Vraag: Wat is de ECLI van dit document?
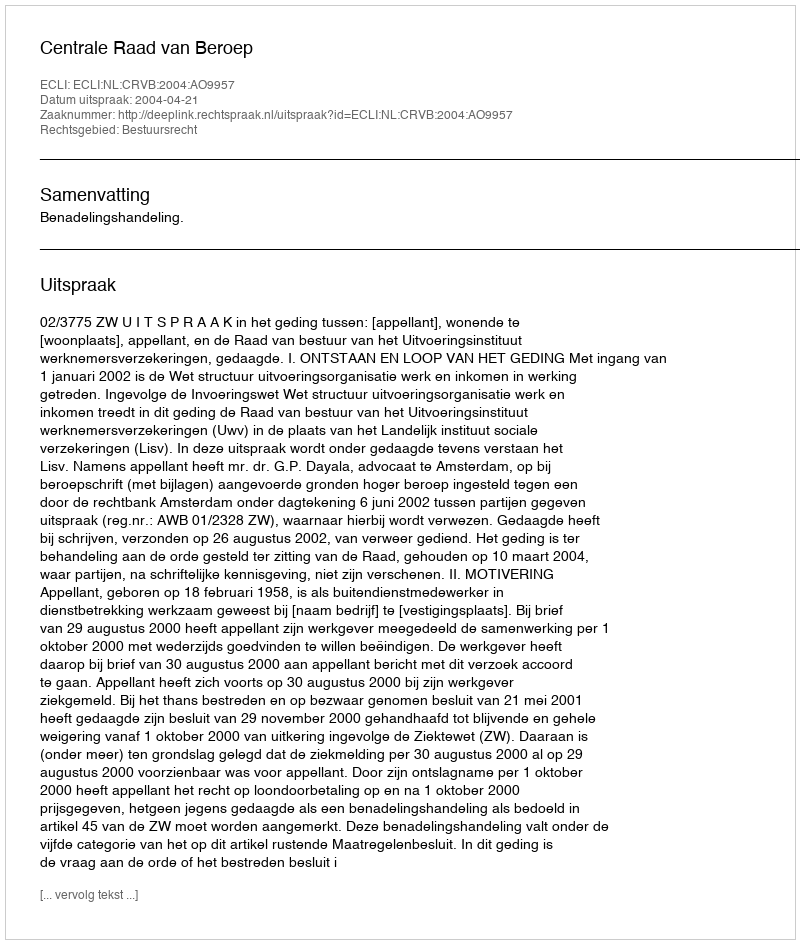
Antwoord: ECLI:NL:CRVB:2004:AO9957